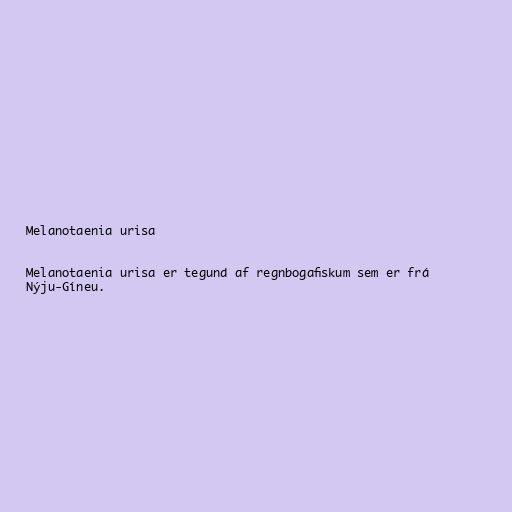
Melanotaenia urisa

Melanotaenia urisa er tegund af regnbogafiskum sem er frá
Nýju-Gíneu.